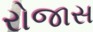
રોજાસ